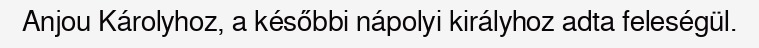
Anjou Károlyhoz, a későbbi nápolyi királyhoz adta feleségül.